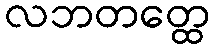
လဘတတ္ထေ